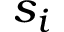
s _ { i }